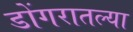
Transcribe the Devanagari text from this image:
डोंगरातल्या